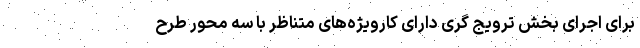
برای اجرای بخش ترویج گری دارای کارویژه‌های متناظر با سه محور طرح